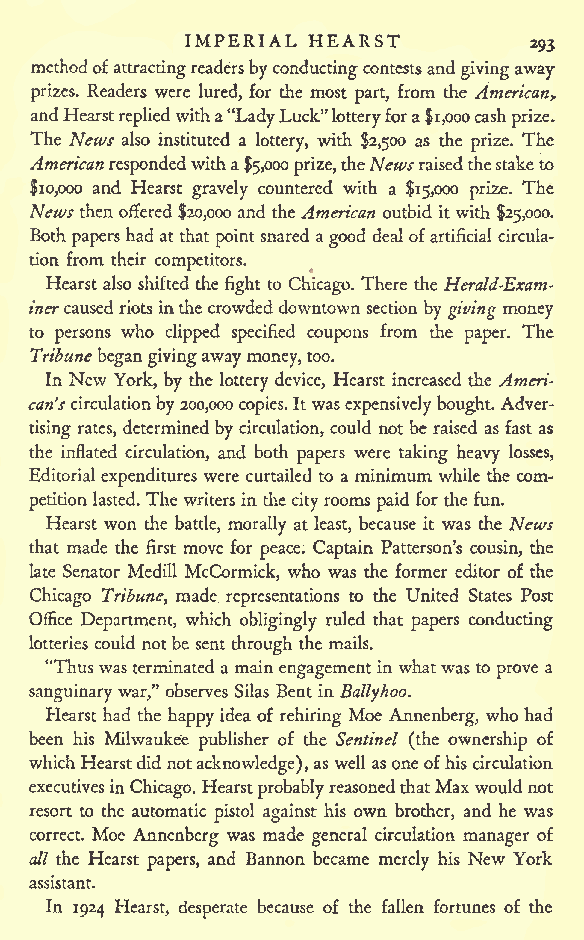
IMPERIAL HEARST
 293
 methodof attractingreadersbyconductingcontestsand givingaway
 prizes. Readers were lured, for the most part, from the American,
 andHearst repliedwitha"LadyLuck" lotteryfora$1,000cashprize.
 The News also instituted a lottery, with $2,500 as the prize. The
 American respondedwitha$5,000prize,theNewsraisedthestaketo
 $10,000 and Hearst gravely countered with a $15,000 prize. The
 Newsthen offered $20,000 and theAmerican outbid itwith $25,000.
 Both papers had at thatpointsnared agood dealofartificial circula-
 tion from their competitors.
 Hearst also shifted the fight to Chicago. There the Herald-Exam-
 inercaused riotsinthecrowded downtown section bygiving money
 to persons who clipped specified coupons from the paper. The
 Tribunebegangivingawaymoney,too.
 In New York, by the lottery device, Hearst increased the Ameri-
 can'scirculationby200,000 copies. Itwas expensivelybought. Adver-
 tising rates, determinedbycirculation, could not be raised as fast as
 the inflated circulation, and both papers were taking heavy losses,
 Editorial expenditures were curtailed to a minimum while the com-
 petitionlasted. The writers in the cityrooms paidforthe fun.
 Hearst won the battle, morally at least, because it was the News
 that made the first move for peace. Captain Patterson's cousin, the
 late Senator Medill McCormick, who was the former editor of the
 Chicago Tribune, made representations to the United States Post
 Office Department, which obligingly ruled that papers conducting
 lotteries could notbe sent through the mails.
 "Thuswasterminated a mainengagementinwhatwas to prove a
 sanguinarywar," observes Silas Bent in Ballyhoo.
 Hearst had the happy idea of rehiring Moe Annenberg, who had
 been his Milwaukee publisher of the Sentinel (the ownership of
 whichHearstdid notacknowledge),as well asoneofhis circulation
 executivesinChicago. HearstprobablyreasonedthatMaxwouldnot
 resort to the automatic pistol against his own brother, and he was
 correct. Moe Annenberg was made general circulation manager of
 all the Hearst papers, and Bannon became merely his New York
 assistant.
 In 1924 Hearst, desperate because of the fallen fortunes of the